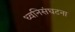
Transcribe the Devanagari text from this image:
ध्वनिसंघटना